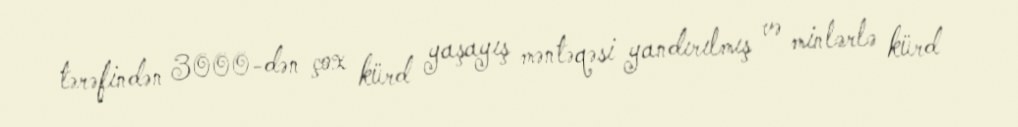
tərəfindən 3000-dən çox kürd yaşayış məntəqəsi yandırılmış və minlərlə kürd